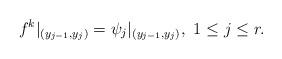
LaTeX: \begin{align*}f^k\vert_{(y_{j-1},y_j)}=\psi_j\vert_{(y_{j-1},y_j)},\,\,1\le j\le r.\end{align*}